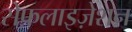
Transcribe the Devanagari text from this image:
सेफ़लाइज़ेशन